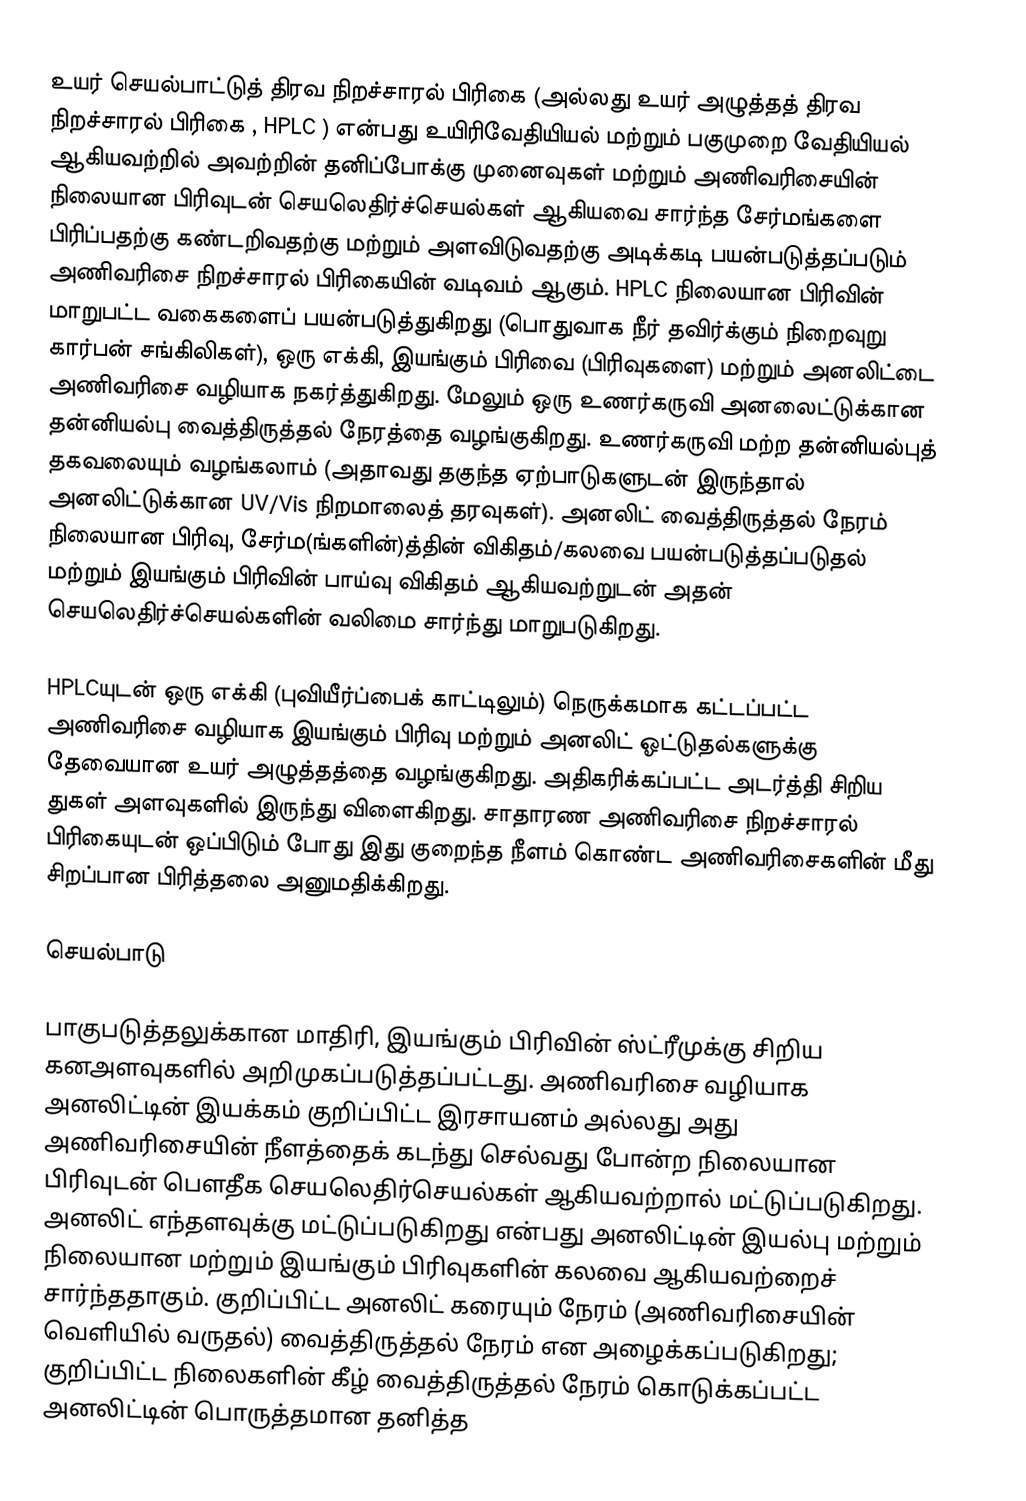
உயர் செயல்பாட்டுத் திரவ நிறச்சாரல் பிரிகை (அல்லது உயர் அழுத்தத் திரவ நிறச்சாரல் பிரிகை , HPLC ) என்பது உயிரிவேதியியல் மற்றும் பகுமுறை வேதியியல் ஆகியவற்றில் அவற்றின் தனிப்போக்கு முனைவுகள் மற்றும் அணிவரிசையின் நிலையான பிரிவுடன் செயலெதிர்ச்செயல்கள் ஆகியவை சார்ந்த சேர்மங்களை பிரிப்பதற்கு கண்டறிவதற்கு மற்றும் அளவிடுவதற்கு அடிக்கடி பயன்படுத்தப்படும் அணிவரிசை நிறச்சாரல் பிரிகையின் வடிவம் ஆகும். HPLC நிலையான பிரிவின் மாறுபட்ட வகைகளைப் பயன்படுத்துகிறது (பொதுவாக நீர் தவிர்க்கும் நிறைவுறு கார்பன் சங்கிலிகள்), ஒரு எக்கி, இயங்கும் பிரிவை (பிரிவுகளை) மற்றும் அனலிட்டை அணிவரிசை வழியாக நகர்த்துகிறது. மேலும் ஒரு உணர்கருவி அனலைட்டுக்கான தன்னியல்பு வைத்திருத்தல் நேரத்தை வழங்குகிறது. உணர்கருவி மற்ற தன்னியல்புத் தகவலையும் வழங்கலாம் (அதாவது தகுந்த ஏற்பாடுகளுடன் இருந்தால் அனலிட்டுக்கான UV/Vis நிறமாலைத் தரவுகள்). அனலிட் வைத்திருத்தல் நேரம் நிலையான பிரிவு, சேர்ம(ங்களின்)த்தின் விகிதம்/கலவை பயன்படுத்தப்படுதல் மற்றும் இயங்கும் பிரிவின் பாய்வு விகிதம் ஆகியவற்றுடன் அதன் செயலெதிர்ச்செயல்களின் வலிமை சார்ந்து மாறுபடுகிறது.

HPLCயுடன் ஒரு எக்கி (புவியீர்ப்பைக் காட்டிலும்) நெருக்கமாக கட்டப்பட்ட அணிவரிசை வழியாக இயங்கும் பிரிவு மற்றும் அனலிட் ஓட்டுதல்களுக்கு தேவையான உயர் அழுத்தத்தை வழங்குகிறது. அதிகரிக்கப்பட்ட அடர்த்தி சிறிய துகள் அளவுகளில் இருந்து விளைகிறது. சாதாரண அணிவரிசை நிறச்சாரல் பிரிகையுடன் ஒப்பிடும் போது இது குறைந்த நீளம் கொண்ட அணிவரிசைகளின் மீது சிறப்பான பிரித்தலை அனுமதிக்கிறது.

செயல்பாடு

பாகுபடுத்தலுக்கான மாதிரி, இயங்கும் பிரிவின் ஸ்ட்ரீமுக்கு சிறிய கனஅளவுகளில் அறிமுகப்படுத்தப்பட்டது. அணிவரிசை வழியாக அனலிட்டின் இயக்கம் குறிப்பிட்ட இரசாயனம் அல்லது அது அணிவரிசையின் நீளத்தைக் கடந்து செல்வது போன்ற நிலையான பிரிவுடன் பெளதீக செயலெதிர்செயல்கள் ஆகியவற்றால் மட்டுப்படுகிறது. அனலிட் எந்தளவுக்கு மட்டுப்படுகிறது என்பது அனலிட்டின் இயல்பு மற்றும் நிலையான மற்றும் இயங்கும் பிரிவுகளின் கலவை ஆகியவற்றைச் சார்ந்ததாகும். குறிப்பிட்ட அனலிட் கரையும் நேரம் (அணிவரிசையின் வெளியில் வருதல்) வைத்திருத்தல் நேரம் என அழைக்கப்படுகிறது; குறிப்பிட்ட நிலைகளின் கீழ் வைத்திருத்தல் நேரம் கொடுக்கப்பட்ட அனலிட்டின் பொருத்தமான தனித்த